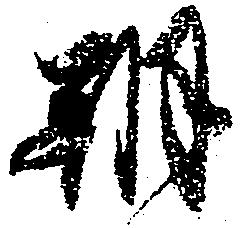
朝